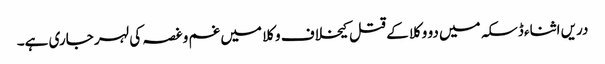
دریں اثناء ڈسکہ میں دو وکلا کے قتل کیخلاف وکلا میں غم و غصہ کی لہر جاری ہے۔